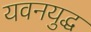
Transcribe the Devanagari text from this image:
यवनयुद्ध